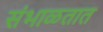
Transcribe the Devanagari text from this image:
संभाळतात